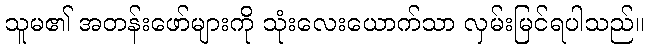
သူမ၏ အတန်းဖော်များကို သုံးလေးယောက်သာ လှမ်းမြင်ရပါသည်။